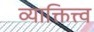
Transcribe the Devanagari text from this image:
व्याक्तित्त्व